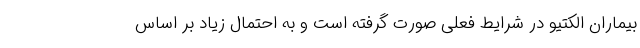
بیماران الکتیو در شرایط فعلی صورت گرفته است و به احتمال زیاد بر اساس